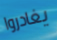
يغادروا